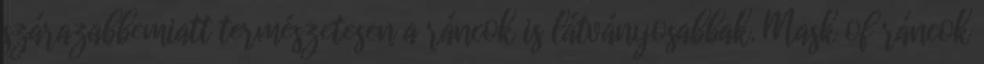
szárazabbemiatt természetesen a ráncok is látványosabbak. Mask of ráncok